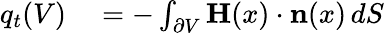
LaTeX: \begin{array}{rl}{q_{t}(V)}&{{}=-\int_{\partial V}\mathbf{H}(x)\cdot\mathbf{n}(x)\, dS}\end{array}